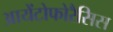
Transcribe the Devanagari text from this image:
आयेंटोफोरैसिस